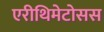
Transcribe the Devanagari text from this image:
एरीथिमेटोसस